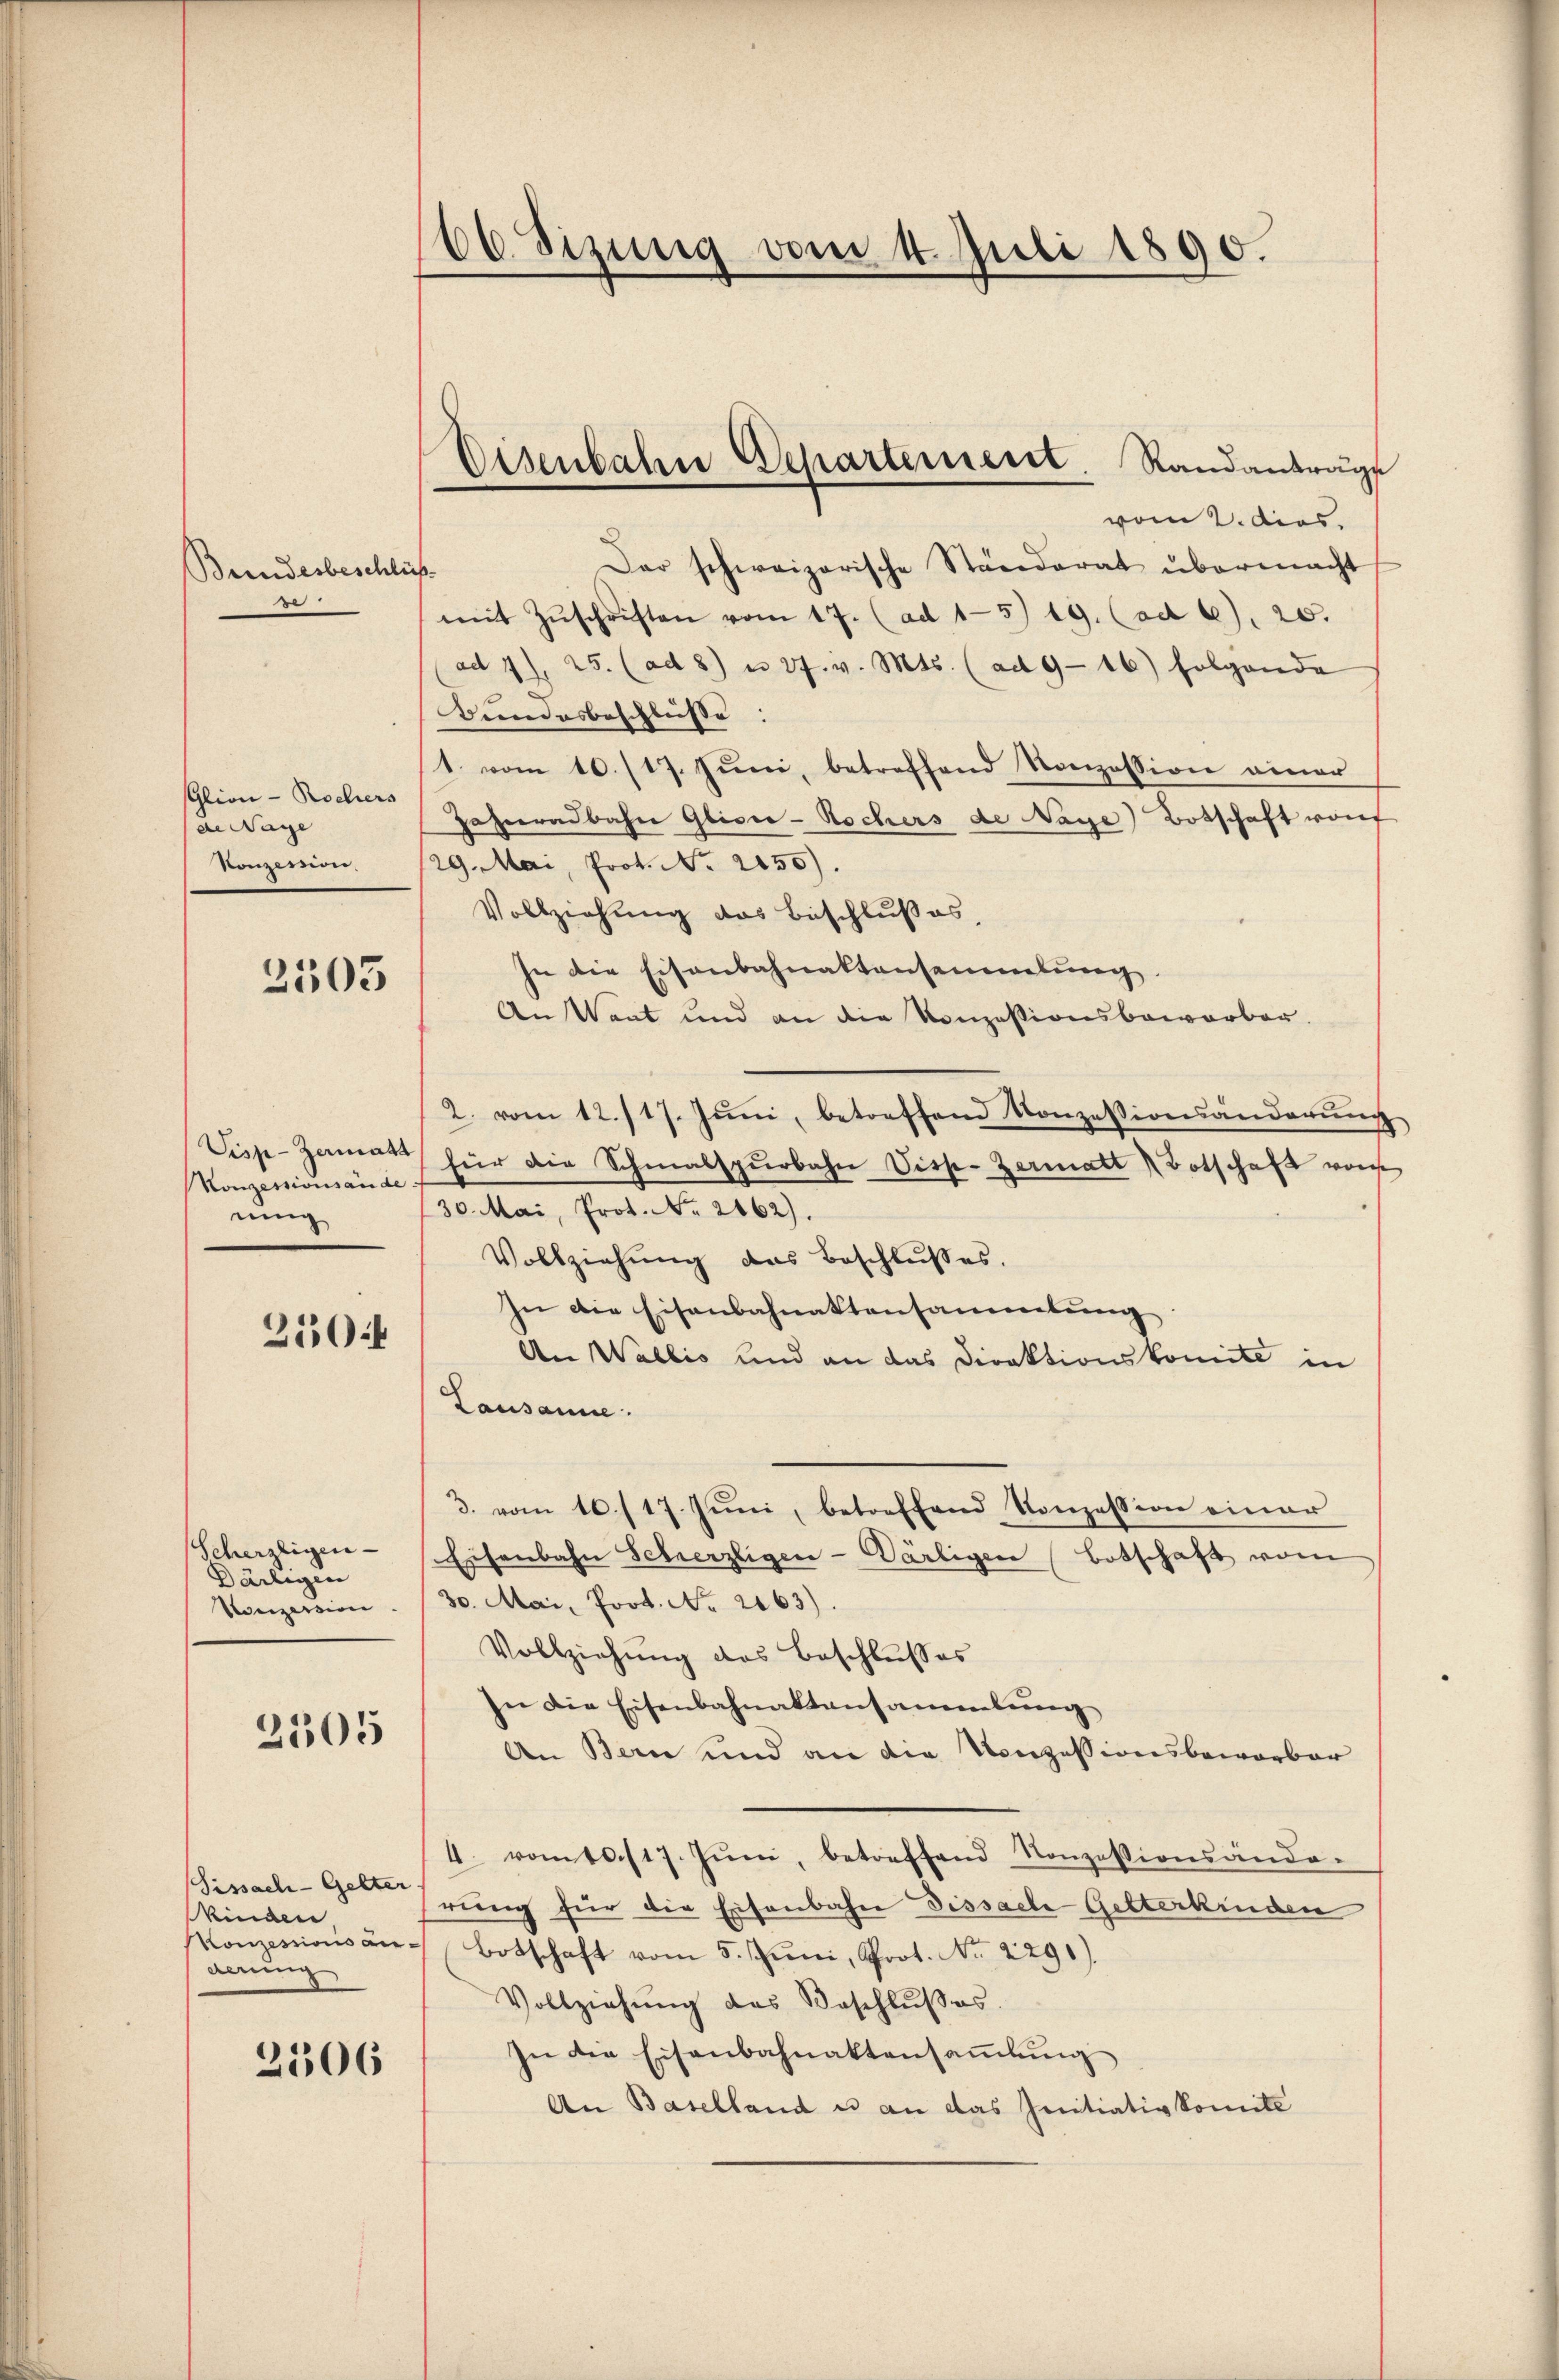
Bundesbeschli
e

Glion - Rochers
de Wage
Konzession.

3503

Visp-Zermatt
Konzessionsände:
ning

2504

Scherzligen
Därtigen
Vonzession

2505

Sissach-Gelter
Kinder
Konzessions anderung

2506

66. Sizung vom 4. Juli 1890.

Eisenbahn Departement. Randantrage

vom 2. dies
Dar schweizerische Ständerat übermacht
mit Zŭschriften vom 17. (ad 15) 19. (ad 6), 20.
ad 4), 25. (ad 8) n 27. v. Mts. (ad 9-16) folgende
Bundesbeschlüsse:
1. vom 10./17. Jŭni, betreffend Konzession einer
Jahreradbahn Gliser-Rochers de Naye Botschaft worf
29. Mai, Prot. No. 2130).
Vollziehung des Beschlußes,
In die Eisenbahnaktensammlung
An Want und an die Konzessionsbeworber.
2. vom 12./17. Jŭni, betreffend Konzessionsänderŭng
für die Schmalspurbahn Visse-Zermatt Botschaft von
30. Mai, Prot. No. 2162).
Vollziehŭng des Beschlŭsses.
In die Eisenbahnaktensammlung
An Wallis und an das Direktionskomite in
Lausanne.
3. vom 10. 17. Juni, betreffend Konzession einer
Eisenbahn Scherzligen-Värligen Botschaft vom
30. Mai, Prot. No 2163).
Vollziehung des Beschlußes
In die Eisenbahnaktansammlung
An Bern und an die Konzessionsbeworber
4. vom 10./17. Jŭni, betreffend Konzessionsända-
rung für die Eisenbahn Dissache Gelterkinden
Botschaft vom 5. Juni, Prot. No. 2291).
Vollziehŭng des Beschlŭβes.
In die Eisenbahnaktensaṁlŭng
An Baselland u an das Initiativkomite